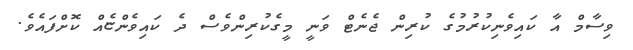
ވިސާމް އާ ކައިވެނިކުރުމުގެ ކުރިން ޖެނެޓް ވަނީ މީގެކުރިންވެސް ދެ ކައިވެންޏެއް ކޮށްފައެވެ.